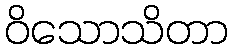
ဝိသောသိတာ